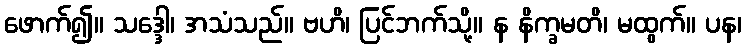
ဖောက်၍။ သဒ္ဒေါ၊ အသံသည်။ ဗဟိ၊ ပြင်ဘက်သို့။ န နိက္ခမတိ၊ မထွက်။ ပန၊